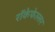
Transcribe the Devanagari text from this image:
रॉकेफेल्लर